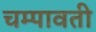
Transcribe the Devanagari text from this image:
चम्पावती